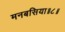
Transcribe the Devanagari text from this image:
मनबसिया॥८॥